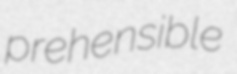
prehensible